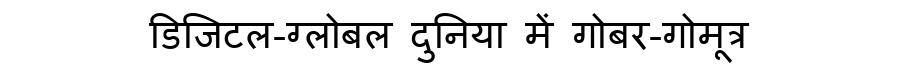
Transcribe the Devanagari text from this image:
डिजिटल-ग्लोबल दुनिया में गोबर-गोमूत्र